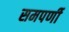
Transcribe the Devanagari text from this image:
समपर्णी